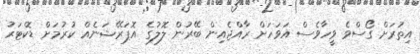
އިތުރަށް ގޯސްވެ ވީހާވެސް އަވަހަށް ރާއްޖެއިން ބޭރުން ލޮލުގެ އޮޕަރޭޝަނެއް ކުރުމަށް ޑޮކްޓަރު